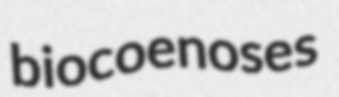
biocoenoses